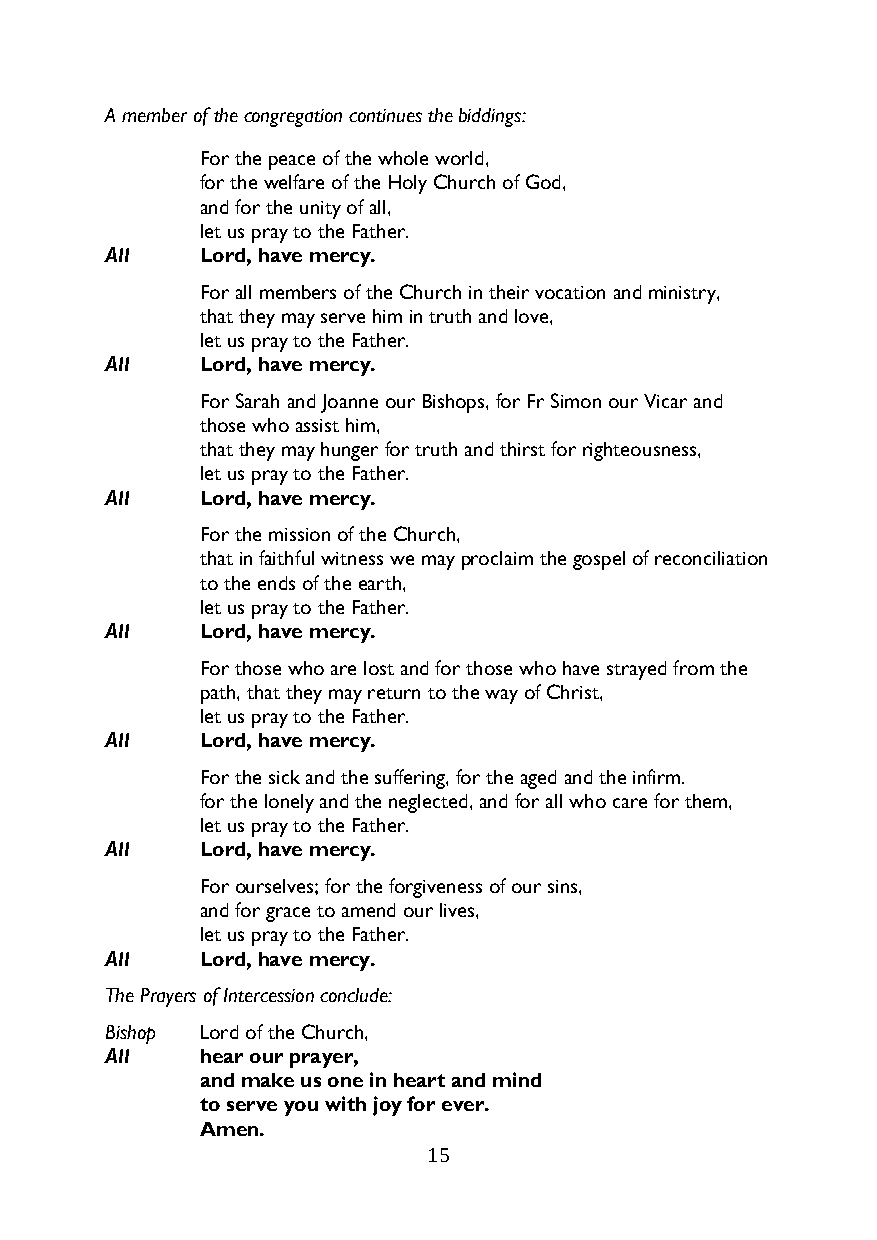
A member of the congregation continues the biddings:
 For the peace of the whole world,
 for the welfare of the Holy Church of God,
 and for the unity of all,
 let us pray to the Father.
 All   Lord, have mercy.
 For all members of the Church in their vocation and ministry,
 that they may serve him in truth and love,
 let us pray to the Father.
 All   Lord, have mercy.
 For Sarah and Joanne our Bishops, for Fr Simon our Vicar and
 those who assist him,
 that they may hunger for truth and thirst for righteousness,
 let us pray to the Father.
 All   Lord, have mercy.
 For the mission of the Church,
 that in faithful witness we may proclaim the gospel of reconciliation
 to the ends of the earth,
 let us pray to the Father.
 All   Lord, have mercy.
 For those who are lost and for those who have strayed from the
 path, that they may return to the way of Christ,
 let us pray to the Father.
 All   Lord, have mercy.
 For the sick and the suffering, for the aged and the infirm.
 for the lonely and the neglected, and for all who care for them,
 let us pray to the Father.
 All   Lord, have mercy.
 For ourselves; for the forgiveness of our sins,
 and for grace to amend our lives,
 let us pray to the Father.
 All   Lord, have mercy.
 The Prayers of Intercession conclude:
 Bishop Lord of the Church,
 All   hear our prayer,
 and make us one in heart and mind
 to serve you with joy for ever.
 Amen.
 15